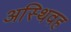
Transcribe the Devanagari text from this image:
अस्थिवह